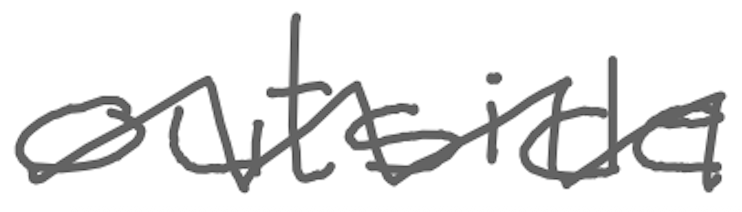
Text: outside
Cross-out: zig-zag
Writing tool: digital_gray